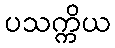
ပသက္ကိယ